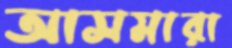
আসমারা